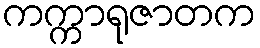
ကက္ကာရုဇာတက